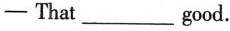
- That___good.